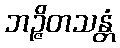
ဘဉ္ဇိတသန္တံ